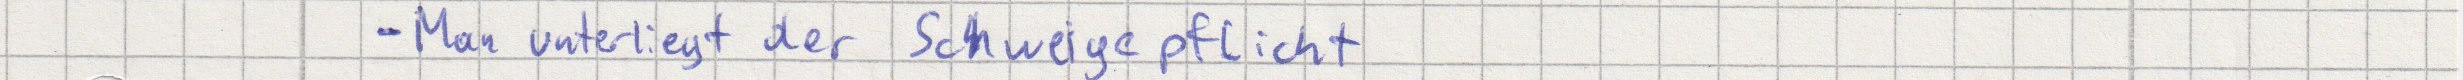
- Man unterliegt der Schweigepflicht